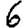
Digit: 6